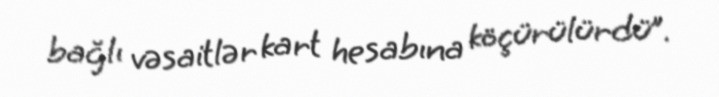
bağlı vəsaitlər kart hesabına köçürülürdü”.